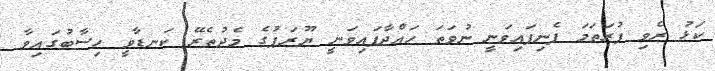
ކަޅު ރެވި ފުރަތަމަ ފެނިފައިވަނީ ނުވަތަ ހައްދާފައިވަނީ ޔޫރަޕުގެ މެދުތެރޭ ކަނޑާވީ ހިސާބުގައިވާ